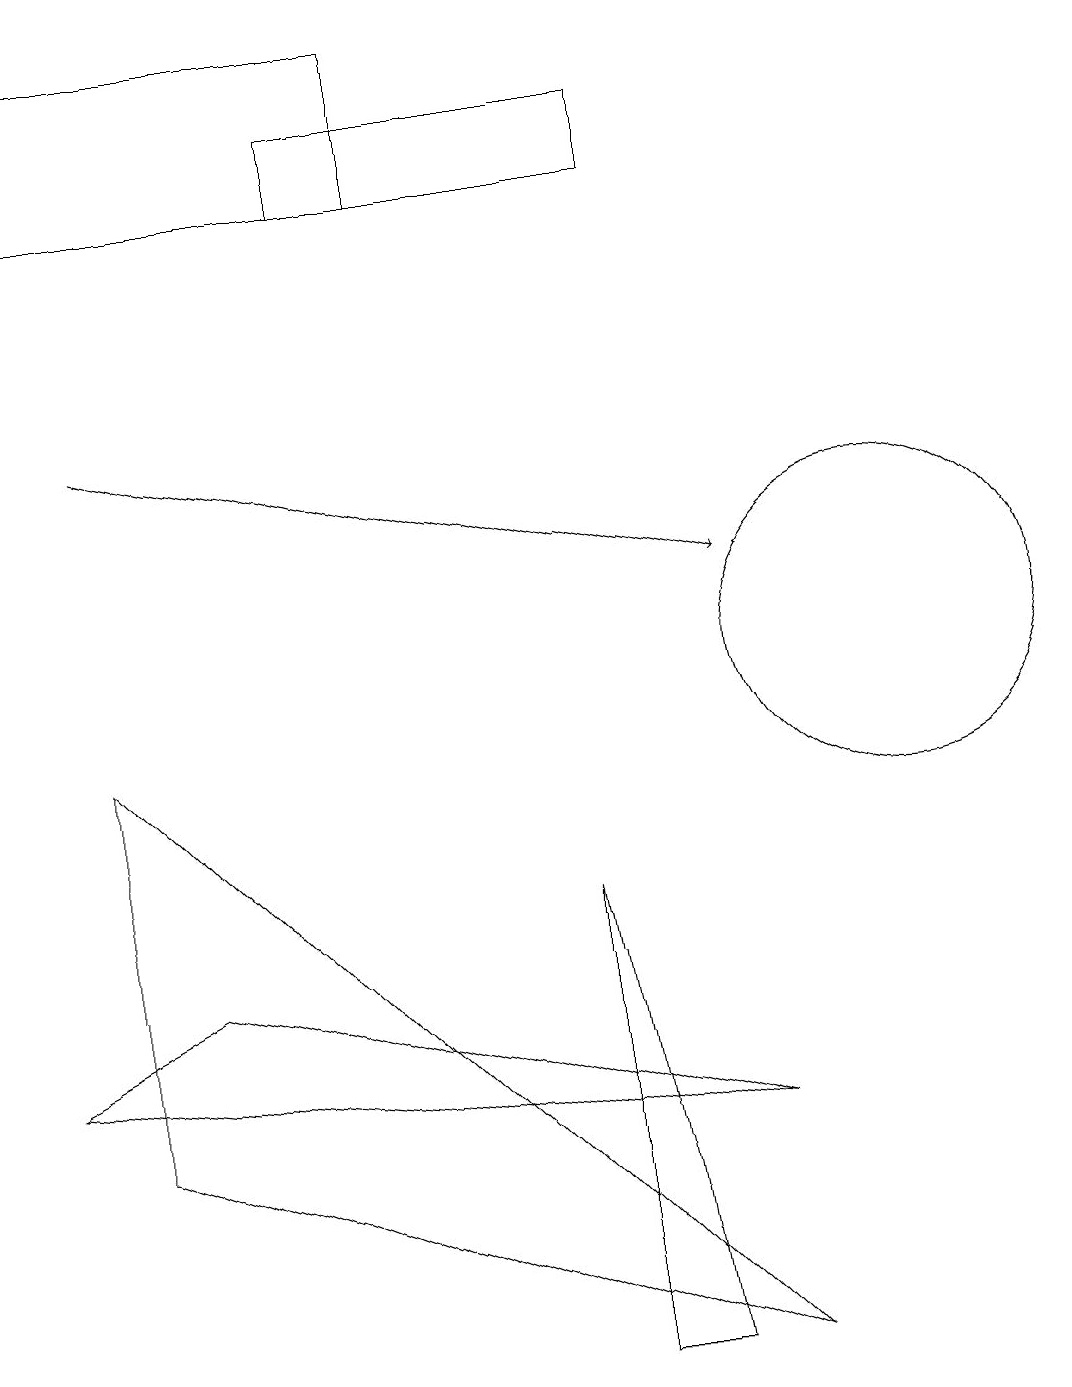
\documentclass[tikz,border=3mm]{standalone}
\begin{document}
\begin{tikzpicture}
\draw (11,10) circle (2);
\draw (4,17) rectangle (8,16);
\draw[->] (1,13) -- (9,11);
\draw (9,4) -- (2,6) -- (0,5) -- cycle;
\draw (8,1) -- (7,7) -- (7,1) -- cycle;
\draw (0,16) rectangle (5,18);
\draw (1,9) -- (1,4) -- (9,1) -- cycle;
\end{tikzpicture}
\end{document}